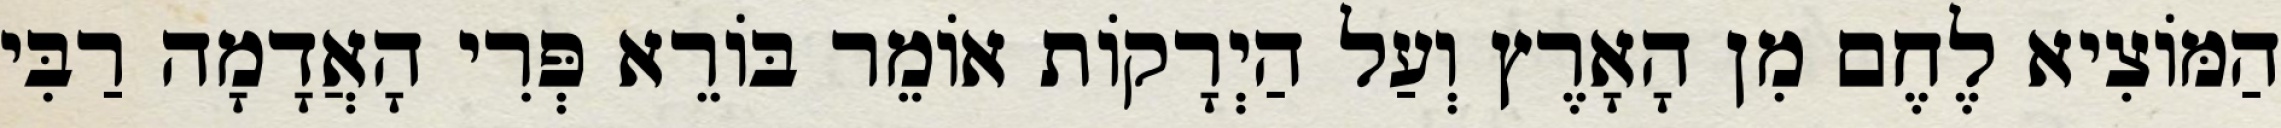
הַמּוֹצִיא לֶחֶם מִן הָאָרֶץ וְעַל הַיְרָקוֹת אוֹמֵר בּוֹרֵא פְּרִי הָאֲדָמָה רַבִּי